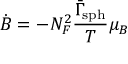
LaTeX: \dot { B } = - N _ { F } ^ { 2 } \frac { \bar { \Gamma } _ { \mathrm { s p h } } } { T } \mu _ { B }